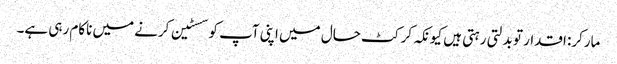
مارکر: اقدار تو بدلتی رہتی ہیں کیونکہ کرکٹ حال میں اپنی آپ کو سسٹین کرنے میں ناکام رہی ہے۔